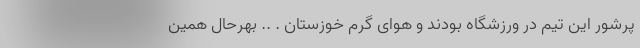
پرشور این تیم در ورزشگاه بودند و هوای گرم خوزستان . .. بهرحال همین